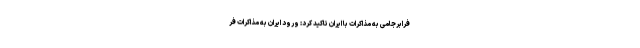
فرابرجامی به مذاکرات با ایران تاکید کرد: ورود ایران به مذاکرات فر